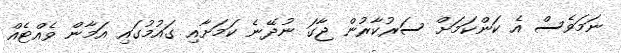
ނަމަވެސް އެ ކަންކަމަށް ސަރުކާރުން ޖާގަ ނުދޭނެ ކަމަށާއި ގައުމުގައި އަމާން ވެއްޓެއް